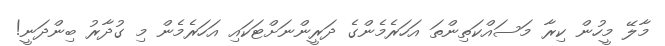
މާލޭ މީހުން ކިރާ މަސައްކަތިންތަ އަހަރެމެންގެ ދަރީންނަށްޓަކައި އަހަރެމެން މި ގުދާރު ބިންދަނީ!